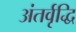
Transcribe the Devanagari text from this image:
अंतर्वृद्धि